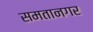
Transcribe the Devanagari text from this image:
समतानगर